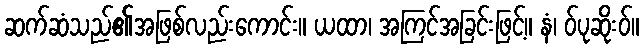
ဆက်ဆံသည်၏အဖြစ်လည်းကောင်း။ ယထာ၊ အကြင်အခြင်းဖြင့်။ နံ၊ ဝ်ပုဆိုးဝ်။